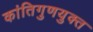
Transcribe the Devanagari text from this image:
कांतिगुणयुक्त